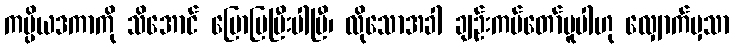
ကပ္ပိယဒကာကို သိအောင် ပြောပြပြီးပါပြီ၊ လိုသောအခါ ချဉ်းကပ်တော်မူပါဟု လျှောက်မှသာ